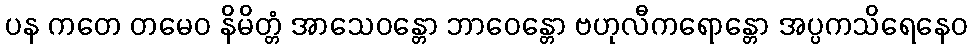
ပန ကတေ တမေဝ နိမိတ္တံ အာသေဝန္တော ဘာဝေန္တော ဗဟုလီကရောန္တော အပ္ပကသိရေနေဝ